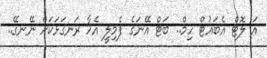
އަ ލޮޓް އެބައުޓް ހިމް.. ބަޓް އޭނަގެ ފެމިލީ އެހާ ރަނގަޅަކަށް ނޭނގޭ..